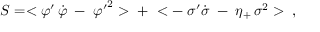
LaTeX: S = < { \varphi ^ { \prime } } \, \dot { \varphi } \; - \; { \varphi ^ { \prime } } ^ { 2 } > \; + \; < - \; \sigma ^ { \prime } \dot { \sigma } \; - \; \eta _ { + } \, \sigma ^ { 2 } > \; \; ,